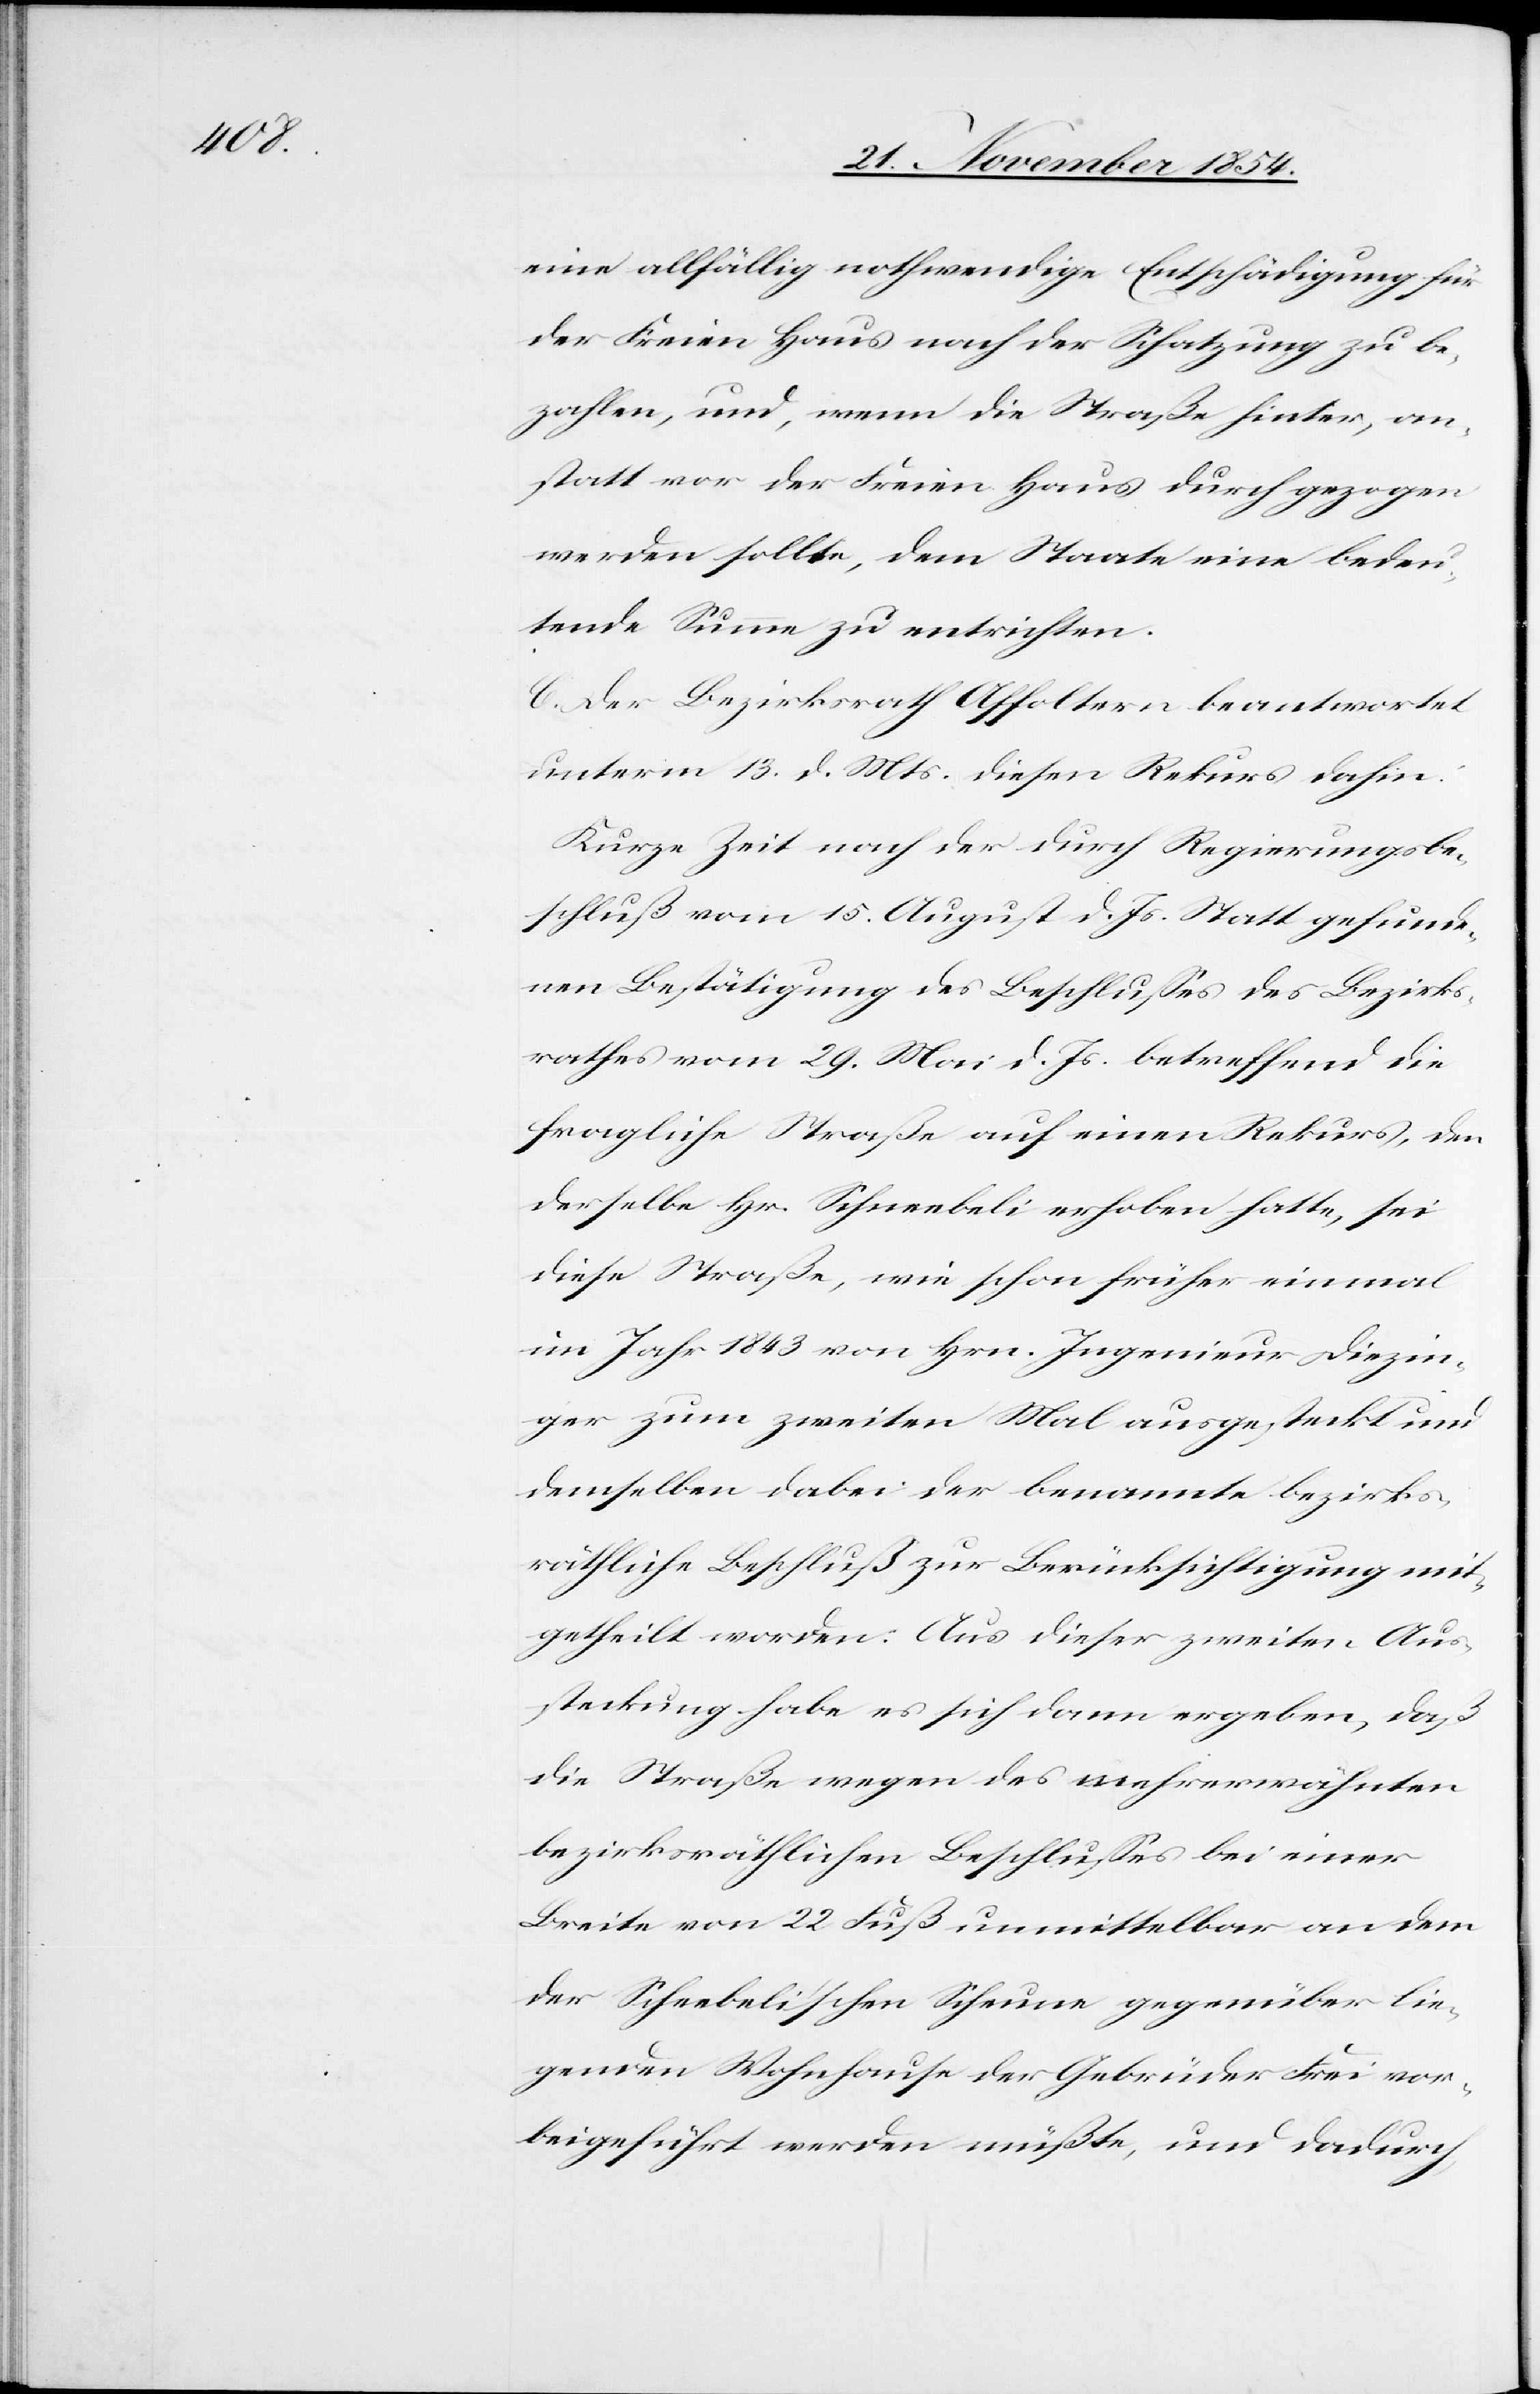
eine allfällig nothwendige Entschädigung für
der Freien Haus nach der Schatzung zu be¬
zahlen, und, wenn die Straße hinter, an¬
statt vor der Freien Haus durchgezogen
werden sollte, dem Staate eine bedeu¬
tende Summe zu entrichten.
C. Der Bezirksrath Affoltern beantwortet
unterm 13. d. Mts. diesen Rekurs dahin:
Kurze Zeit nach der durch Regierungsbe¬
schluß vom 15. August d. Js. stattgefunde¬
nen Bestätigung des Beschlußes des Bezirks¬
rathes vom 29. Mai d. Js. betreffend die
fragliche Straße auf einen Rekurs, den
derselbe Hr. Schneebeli erhoben hatte, sei
diese Straße, wie schon früher einmal
im Jahr 1843 von Hrn. Ingenieur Diezin¬
ger zum zweiten Mal ausgesteckt und
demselben dabei der benannte bezirks¬
räthliche Beschluß zur Berücksichtigung mit¬
gehteilt worden. Aus dieser zweiten Aus¬
steckung habe es sich dann ergeben, daß
die Straße wegen des mehrerwähnten
bezirksräthlichen Beschlußes bei einer
Breite von 22 Fuß unmittelbar an dem
der Schneebeli’schen Scheune gegenüber lie¬
genden Wohnhause der Gebrüder Frei vor¬
beigeführt werden müßte, und dadurch